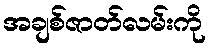
အချစ်ဇာတ်လမ်းကို